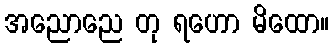
အညောညေ တု ရဟော မိထော။